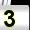
Digit: 3